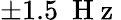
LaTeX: \pm 1.5\ \mathrm{~H~z~}